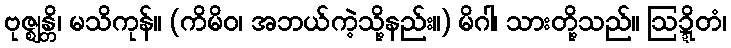
ဗုဇ္ဈန္တိ၊ မသိကုန်။ (ကိမိဝ၊ အဘယ်ကဲ့သို့နည်း။) မိဂါ၊ သားတို့သည်။ ဩဍ္ဍိတံ၊